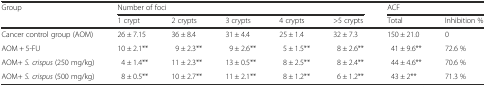
<table><thead><tr><td rowspan="2"><b>Group</b></td><td colspan="5"><b>Number of foci</b></td><td colspan="2"><b>ACF</b></td></tr><tr><td><b>1 crypt</b></td><td><b>2 crypts</b></td><td><b>3 crypts</b></td><td><b>4 crypts</b></td><td><b>&gt;5 crypts</b></td><td><b>Total</b></td><td><b>Inhibition %</b></td></tr></thead><tbody><tr><td>Cancer control group (AOM)</td><td>26 ± 7.15</td><td>36 ± 8.4</td><td>31 ± 4.4</td><td>25 ± 1.4</td><td>32 ± 7.3</td><td>150 ± 21.0</td><td>0</td></tr><tr><td>AOM + 5-FU</td><td>10 ± 2.1**</td><td>9 ± 2.3**</td><td>9 ± 2.6**</td><td>5 ± 1.5**</td><td>8 ± 2.6**</td><td>41 ± 9.6**</td><td>72.6 %</td></tr><tr><td>AOM+ <i>S. crispus</i> (250 mg/kg)</td><td>4 ± 1.4**</td><td>11 ± 2.3**</td><td>13 ± 0.5**</td><td>8 ± 2.5**</td><td>8 ± 2.4**</td><td>44 ± 4.6**</td><td>70.6 %</td></tr><tr><td>AOM+ <i>S. crispus</i> (500 mg/kg)</td><td>8 ± 0.5**</td><td>10 ± 2.7**</td><td>11 ± 2.1**</td><td>8 ± 1.2**</td><td>6 ± 1.2**</td><td>43 ± 2**</td><td>71.3 %</td></tr></tbody></table>